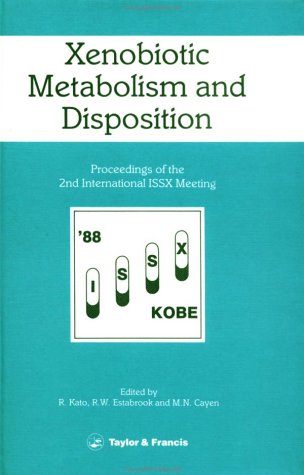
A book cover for Xenobiotic Metabolism & Disposition; Ryuichi Kato; Medical Books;